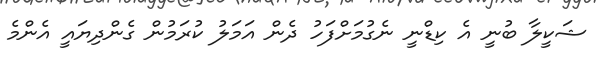
ޝަކީލާ ބުނީ އެ ކިޑްނީ ނެގުމަށްފަހު ދެން އަމަލު ކުރަމުން ގެންދިޔައީ އެންމެ